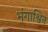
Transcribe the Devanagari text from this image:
भंगाश्विन